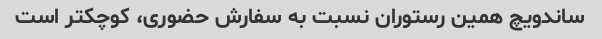
ساندویچ همین رستوران نسبت به سفارش حضوری، کوچکتر است